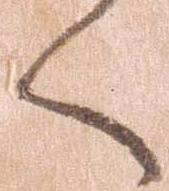
く